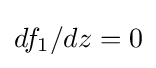
df_{1}/dz=0